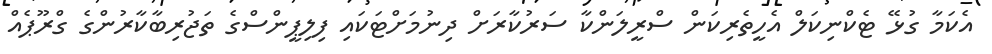
އެކަމާ ގުޅޭ ޓެކްނިކަލް އެހީތެރިކަން ސްރީލަންކާ ސަރުކާރަށް ދިނުމަށްޓަކައި ފިލިޕީންސްގެ ތަޖުރިބާކާރުންގެ ގްރޫޕެއް